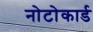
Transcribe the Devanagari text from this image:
नोटोकार्ड